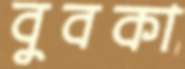
বুবকা